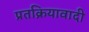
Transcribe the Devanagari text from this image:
प्रतक्रियावादी